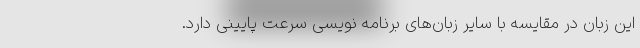
این زبان در مقایسه با سایر زبان‌های برنامه نویسی سرعت پایینی دارد.